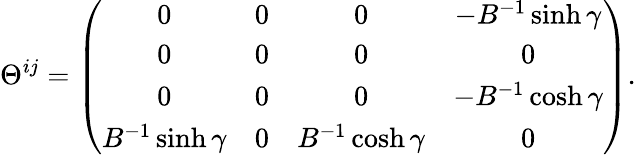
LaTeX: \Theta^{ij}=\left(\begin{array}{cccc}{{0}}&{{0}}&{{0}}&{{-B^{-1}\sinh\gamma}}\\ {{0}}&{{0}}&{{0}}&{{0}}\\ {{0}}&{{0}}&{{0}}&{{-B^{-1}\cosh\gamma}}\\ {{B^{-1}\sinh\gamma}}&{{0}}&{{B^{-1}\cosh\gamma}}&{{0}}\end{array}\right).